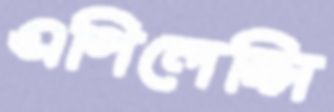
এপিলেপ্সি